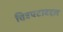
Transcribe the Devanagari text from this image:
चित्रपटाबद्दल